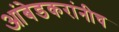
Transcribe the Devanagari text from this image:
आंबेडकरांनीच